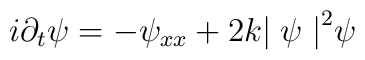
i{\partial_t}\psi = -\psi_{xx} + 2 k {\mid \psi \mid}^2 \psi